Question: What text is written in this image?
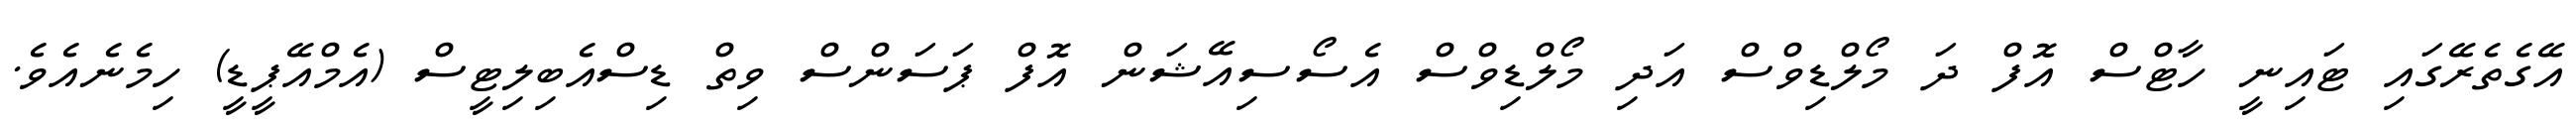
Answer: އޭގެތެރޭގައި ޓައިނީ ހާޓްސް އޮފް ދަ މޯލްޑިވްސް އަދި މޯލްޑިވްސް އެސޯސިއޭޝަން އޮފް ޕަސަންސް ވިތް ޑިސްއެބިލިޓީސް (އެމްއޭޕީޑީ) ހިމެނެއެވެ.